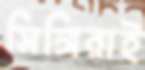
সিঙ্গিরাই